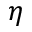
\eta